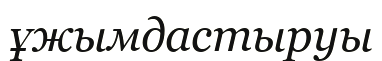
ұжымдастыруы